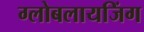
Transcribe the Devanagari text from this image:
ग्लोबलायजिंग